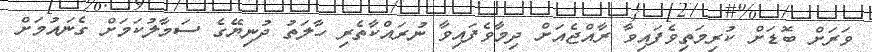
ވަރަށް ބޮޑަށް ކުރިމަތިވެފައިވާ ރާއްޖެއަށް ދިމާވެފައިވާ ނުރައްކާތެރި ހާލަތު ދުނިޔޭގެ ސަމާލުކަމަށް ގެނައުމަށް